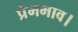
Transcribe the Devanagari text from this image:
प्रेमभाव।